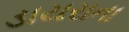
ડાયરાના